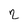
Character: 2